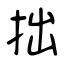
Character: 拙